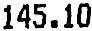
145.10